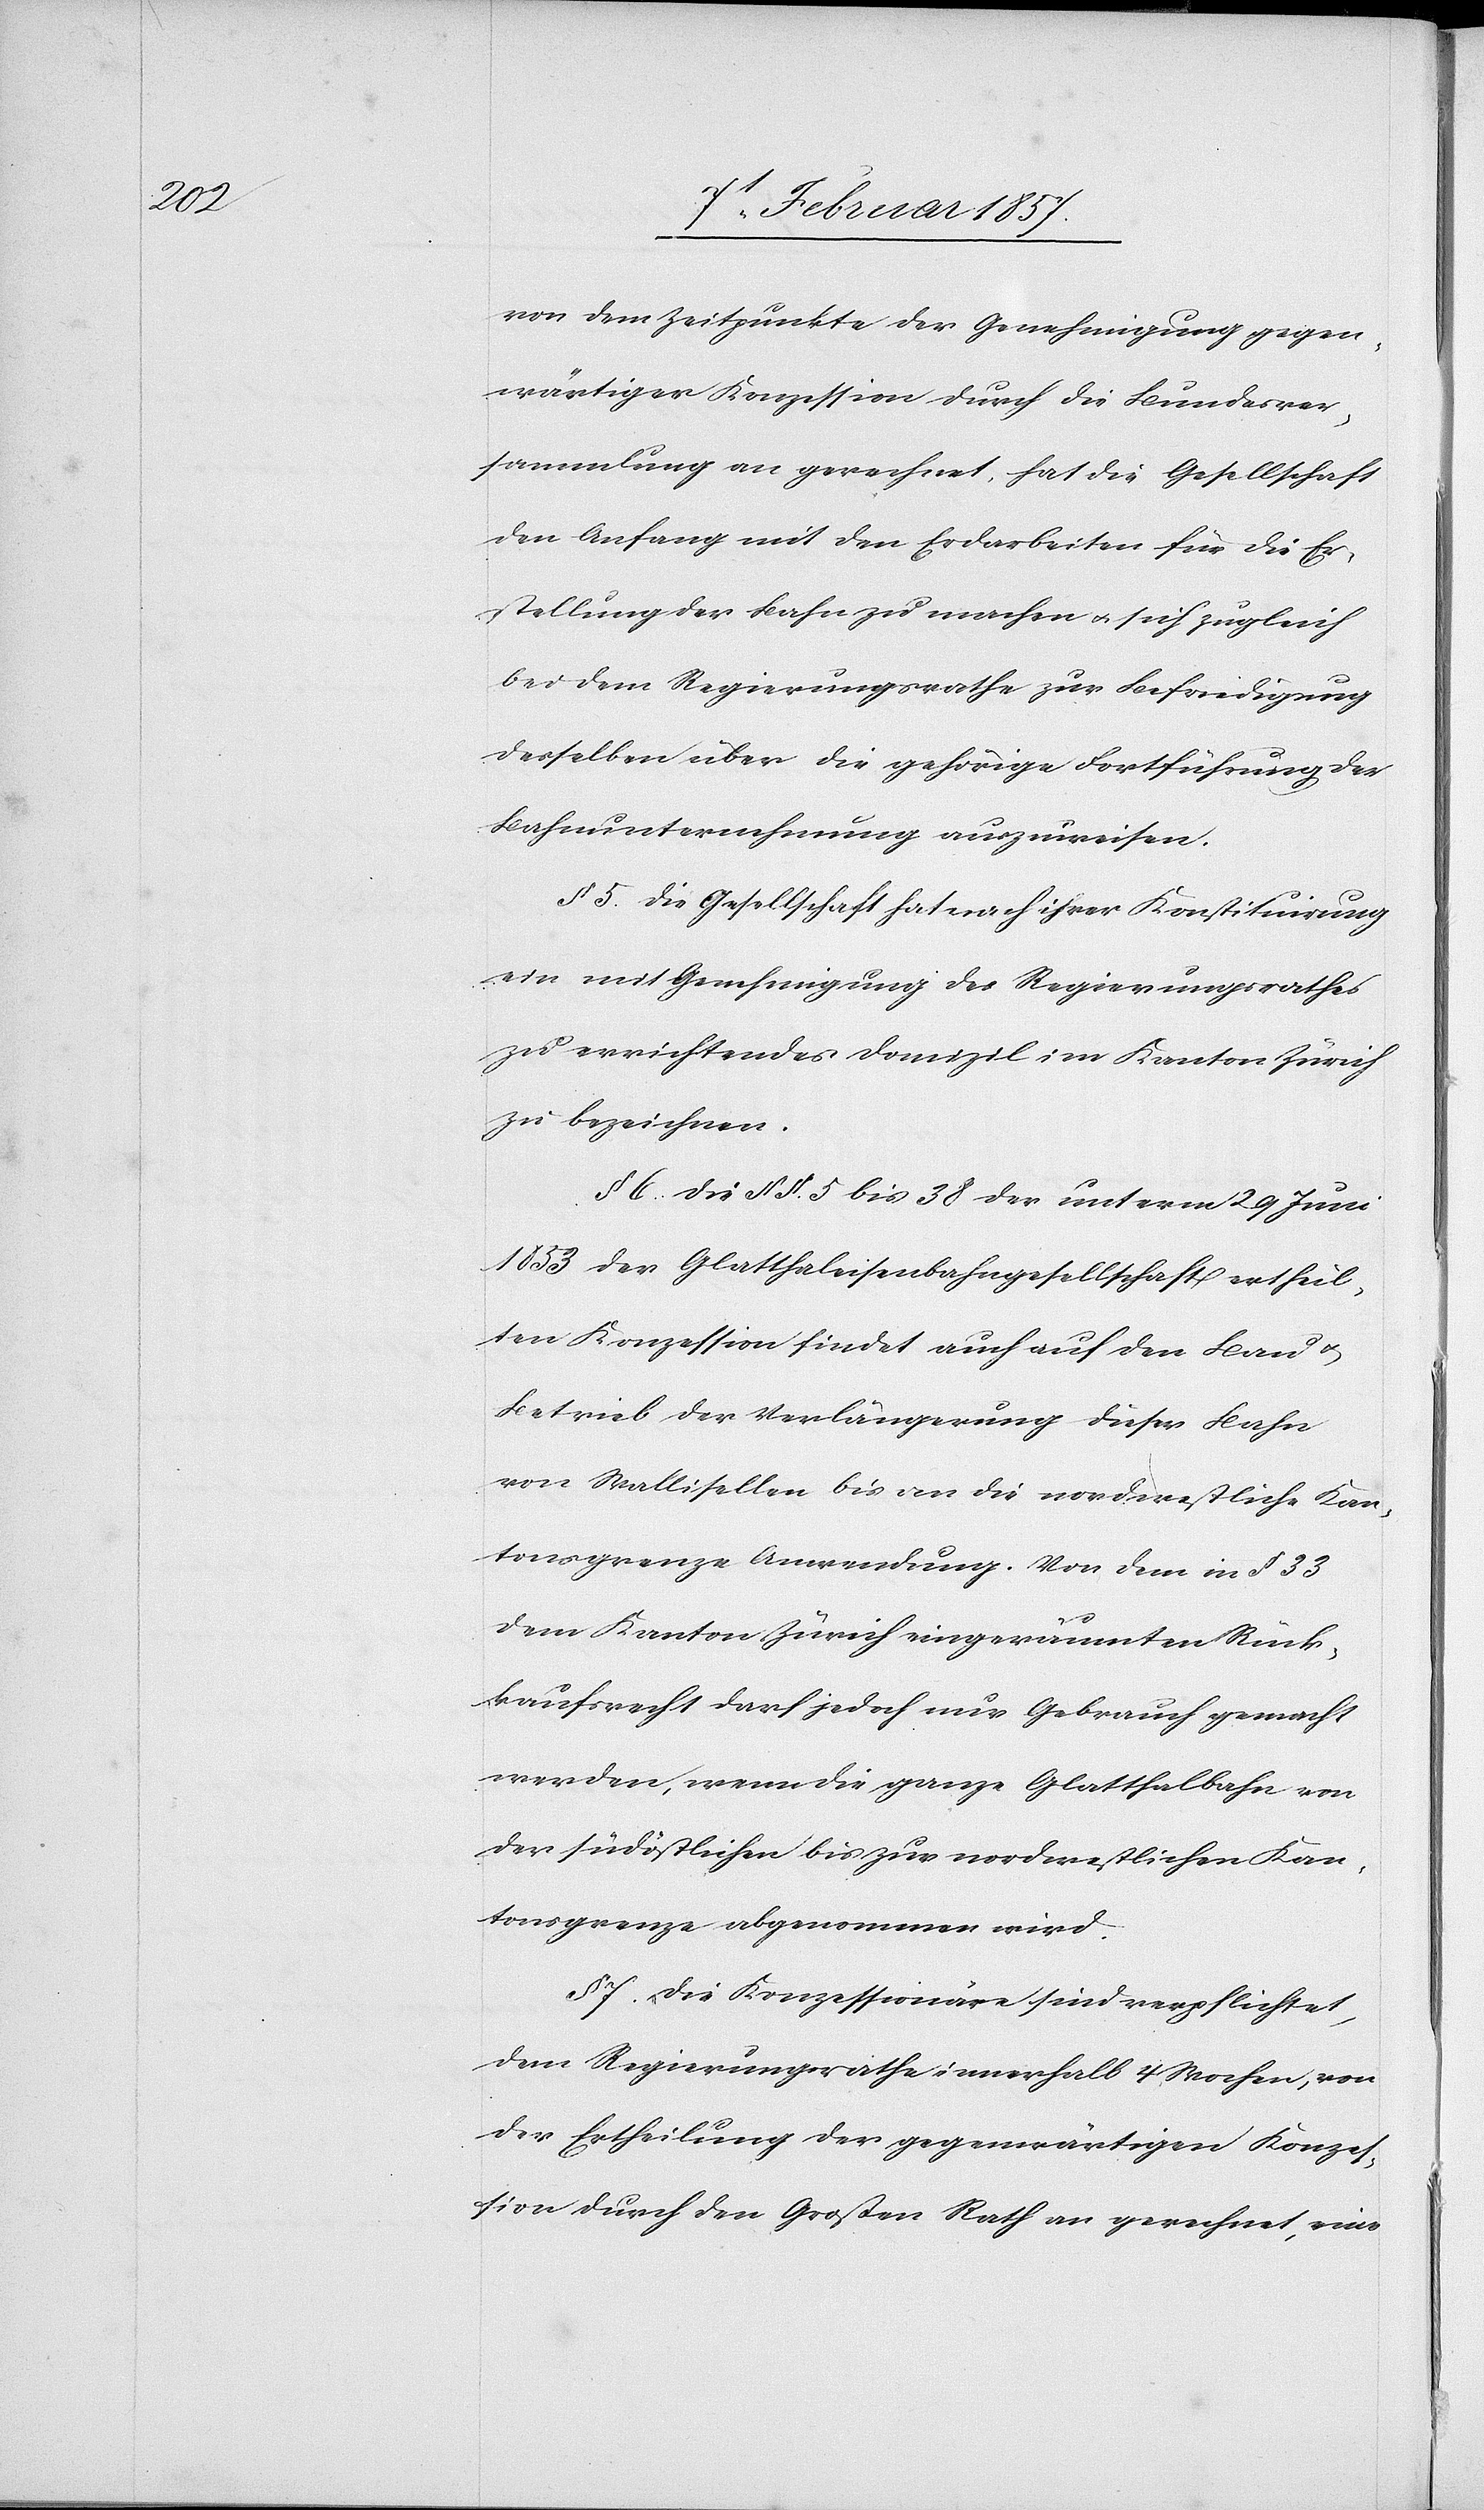
von dem Zeitpunkte der Genehmigung gegen¬
wärtiger Konzession durch die Bundesver¬
sammlung an gerechnet, hat die Gesellschaft
den Anfang mit den Erdarbeiten für die Er¬
stellung der Bahn zu machen u. sich zugleich
bei dem Regierungsrathe zur Befriedigung
desselben über die gehörige Fortführung der
Bahnunternehmung auszuweisen.
§ 5. Die Gesellschaft hat nach ihrer Konstituirung
ein mit Genehmigung des Regierungsrathes
zu errichtendes Domizil im Kanton Zürich
zu bezeichnen.
§ 6. Die § §. 5 bis 38 der unterm 29 Juni
1853 der Glatthaleisenbahngesellschaft ertheil¬
ten Konzession findet auch auf den Bau u.
Betrieb der Verlängerung dieser Bahn
von Wallisellen bis an die nordwestliche Kan¬
tonsgrenze Anwendung. Von dem in § 33
dem Kanton Zürich eingeräumten Rück¬
kaufsrecht darf jedoch nur Gebrauch gemacht
werden, wenn die ganze Glatthalbahn von
der südöstlichen bis zur nordwestlichen Kan¬
tonsgrenze abgenommen wird.
§ 7. Die Konzessionäre sind verpflichtet,
dem Regierungsrathe innerhalb 4 Wochen, von
der Ertheilung der gegenwärtigen Konzes¬
sion durch den Grossen Rath an gerechnet eine